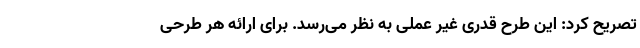
تصریح کرد: این طرح قدری غیر عملی به نظر می‌رسد. برای ارائه هر طرحی